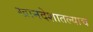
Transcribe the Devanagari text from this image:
खानदेशातल्याच